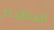
اصطدم